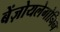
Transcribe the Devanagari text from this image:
बेंज़ोयलेगोनिन